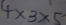
4 \times 3 \times 5